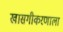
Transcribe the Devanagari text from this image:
खासगीकरणाला